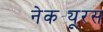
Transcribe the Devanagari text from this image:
नेकट्यूरस